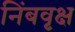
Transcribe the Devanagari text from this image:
निंबवृक्ष